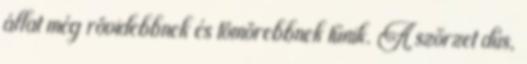
állat még rövidebbnek és tömörebbnek tűnik. A szőrzet dús,